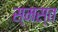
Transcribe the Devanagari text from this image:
स्मस्त